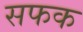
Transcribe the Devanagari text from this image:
सफक